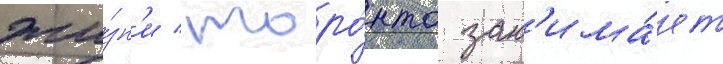
жи́зн'и / торо́нто зан'има́ет